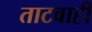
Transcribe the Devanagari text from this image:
ताटवाही